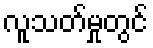
လူသတ်မှုတွင်